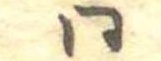
同